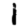
Digit: 1